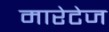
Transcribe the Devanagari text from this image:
मारेटेज